Report of the King Institute of Preventive Medicine, Guindy
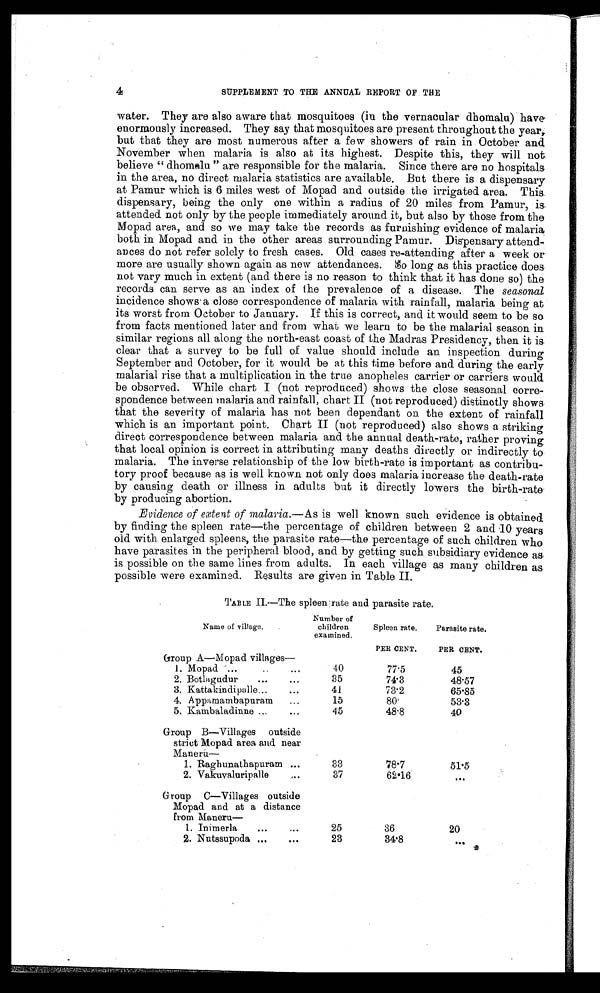
4
SUPPLEMENT TO THE ANNUAL REPORT OF THE
water. They are also aware that mosquitoes (in the vernacular dhomalu) have
enormously increased. They say that mosquitoes are present throughout the year,
but that they are most numerous after a few showers of rain in October and
November when malaria is also at its highest. Despite this, they will not
believe " dhomalu " are responsible for the malaria. Since there are no hospitals
in the area, no direct malaria statistics are available. But there is a dispensary
at Pamur which is 6 miles west of Mopad and outside the irrigated area. This
dispensary, being the only one within a radius of 20 miles from Pamur, is
attended not only by the people immediately around it, but also by those from the
Mopad area, and so we may take the records as furnishing evidence of malaria
both in Mopad and in the other areas surrounding Pamur. Dispensary attend
-ances do not refer solely to fresh cases. Old cases re-attending after a week or
more are usually shown again as new attendances. So long as this practice does
not vary much in extent (and there is no reason to think that it has done so) the
records can serve as an index of the prevalence of a disease. The seasonal
incidence shows a close correspondence of malaria with rainfall, malaria being at
its worst from October to January. If this is correct, and it would seem to be so
from facts mentioned later and from what we learn to be the malarial season in
similar regions all along the north-east coast of the Madras Presidency, then it is
clear that a survey to be full of value should include an inspection during
September and October, for it would be at this time before and during the early
malarial rise that a multiplication in the true anopheles carrier or carriers would
be observed. While chart I (not reproduced) shows the close seasonal corre
-spondence between malaria and rainfall, chart II (not reproduced) distinctly shows
that the severity of malaria has not been dependant on the extent of rainfall
which is an important point. Chart II (not reproduced) also shows a striking
direct correspondence between malaria and the annual death-rate, rather proving
that local opinion is correct in attributing many deaths directly or indirectly to
malaria. The inverse relationship of the low birth-rate is important as contribu
-tory proof because as is well known not only does malaria increase the death-rate
by causing death or illness in adults but it directly lowers the birth-rate
by producing abortion.
Evidence of extent of malaria.—As is well known such evidence is obtained
by finding the spleen rate—the percentage of children between 2 and 10 years
old with enlarged spleens, the parasite rate—the percentage of such children who
have parasites in the peripheral blood, and by getting such subsidiary evidence as
is possible on the same lines from adults. In each village as many children as
possible were examined. Results are given in Table II.
TABLE II.—The spleen rate and parasite rate.
Name of village.
Number of
children
examined.
Spleen rate.
Parasite rate.
PER CENT.
PER CENT.
Group A—Mopad villages
—
1. Mopad
40
77.5
45
2. Botlagudur
35
74.3
48.57
3. Kattakindipalle
4 1
73.2
65.85
4. Appamambapuram
15
80
53.3
5. Kambaladinne
45
48.8
40
Group B—Villages
outside
strict Mopad area and near
Maneru —
1. Raghunathapuram
33
78.7
51.5
2. Vakuvaluripalle
37
62.16
...
Group
C—Villages outside
Mopad and at a distance
from Maneru
—
1. Inimerla
25
36
20
2. Nutssupoda
23
34.8
. . .